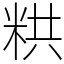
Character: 粠